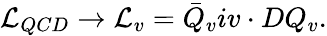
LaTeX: {\cal L}_{QCD}\rightarrow{\cal L}_{v}=\bar{Q}_{v}iv\cdot DQ_{v}.